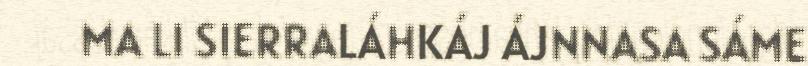
MA LI SIERRALÁHKÁJ ÁJNNASA SÁME